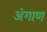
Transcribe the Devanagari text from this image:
अंगाण